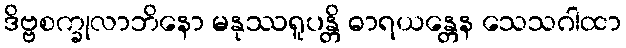
ဒိဗ္ဗစက္ခုလာဘိနော မနုဿရူပန္တိ ဓာရယန္တေန သေသဂါထာ